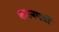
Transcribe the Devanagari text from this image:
कथनपत्रों